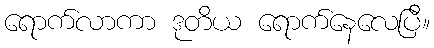
ရောက်လာကာ ဒုတိယ ရောက်နေလေပြီ။